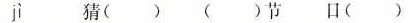
jì 猜( ) ( )节 口 ( )